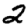
Digit: 2